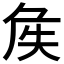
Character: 𡘓